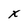
Character: x